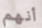
أنهم